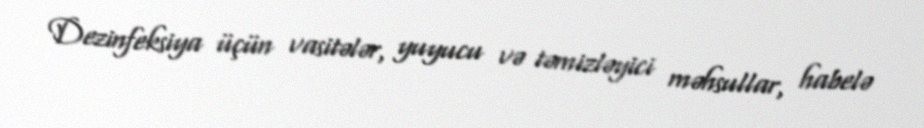
Dezinfeksiya üçün vasitələr, yuyucu və təmizləyici məhsullar, habelə